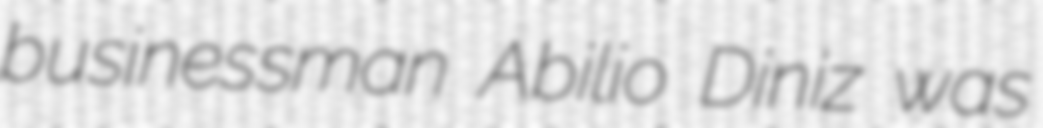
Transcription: businessman Abilio Diniz was